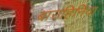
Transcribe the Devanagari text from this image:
बाउहिनिया